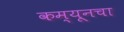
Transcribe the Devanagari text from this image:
कम्यूनचा